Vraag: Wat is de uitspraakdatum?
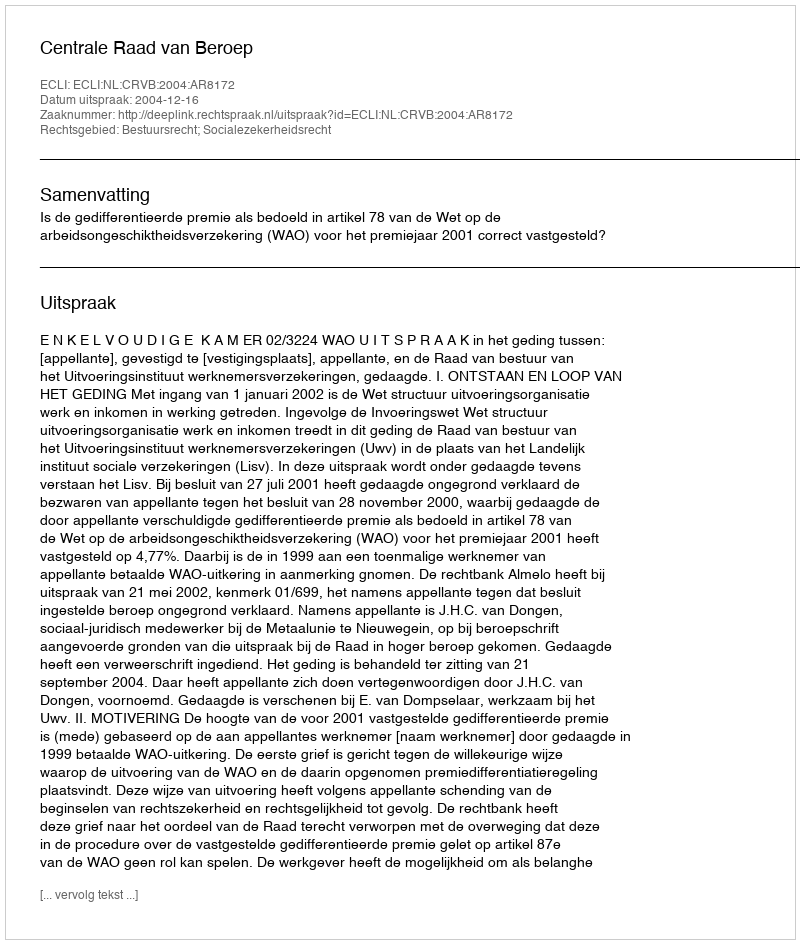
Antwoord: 2004-12-16